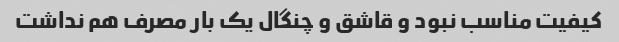
کیفیت مناسب نبود و قاشق و چنگال یک بار مصرف هم نداشت